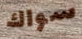
سواك